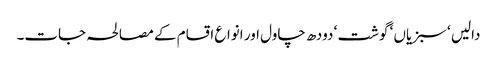
دالیں ‘ سبزیاں ‘ گوشت ‘ دودھ چاول اور انواع اقسام کے مصالحہ جات۔